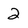
Character: 2